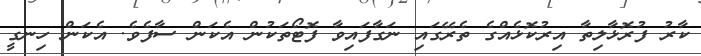
ކާރު ފުރޮޅާލިތާ އިރުކޮޅެއްގެ ތެރޭގައި ނަގާފައިވާ ފޮޓޯތަކުން އެކަން ސާފެވެ. އެކަން ހިނގީ